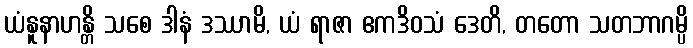
ယံနူနာဟန္တိ သစေ ဒါနံ ဒဿာမိ, ယံ ရာဇာ ဧကဒိဝသံ ဒေတိ, တတော သတဘာဂမ္ပိ